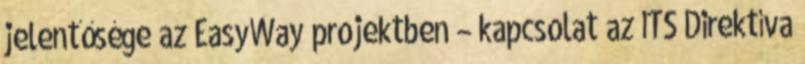
jelentősége az EasyWay projektben – kapcsolat az ITS Direktíva